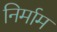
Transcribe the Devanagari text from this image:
निर्माम